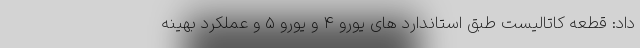
داد: قطعه کاتالیست طبق استاندارد های یورو 4 و یورو 5 و عملکرد بهینه